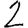
Digit: 2